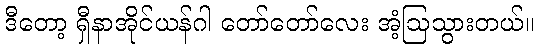
ဒီတော့ ရှီနာအိုင်ယန်ဂါ တော်တော်လေး အံ့ဩသွားတယ်။